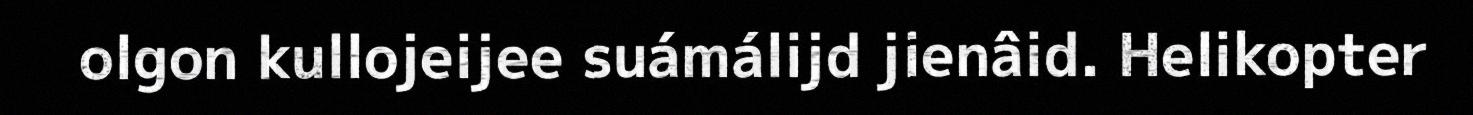
olgon kullojeijee suámálijd jienâid. Helikopter